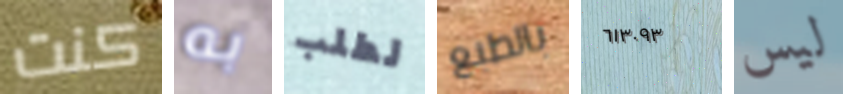
كنت به لطلب بالطبع ٦١٣٠٩٣ ليس